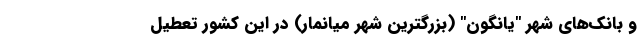
و بانک‌های شهر "یانگون" (بزرگترین شهر میانمار) در این کشور تعطیل